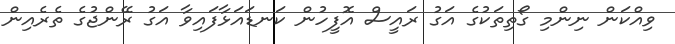
ވިއްކަން ނިންމި ގޯތިތަކުގެ އަގު ރައީސް އޮފީހުން ކަނޑައަޅާފައިވާ އަގު ރޭންޖުގެ ތެރެއިން